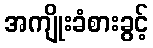
အကျိုးခံစားခွင့်